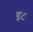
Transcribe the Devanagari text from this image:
इ८